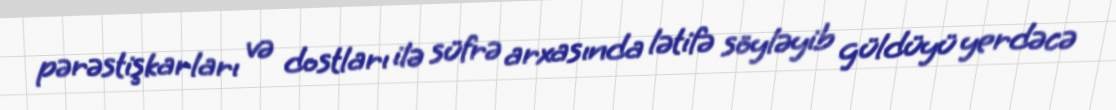
pərəstişkarları və dostları ilə süfrə arxasında lətifə söyləyib güldüyü yerdəcə